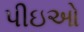
પીઇઓ